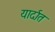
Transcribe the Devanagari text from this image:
यार्दात